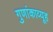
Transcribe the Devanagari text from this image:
गुणांकाव्यूह